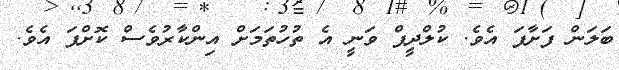
ބަލަން ފަށާފަ އެވެ. ކުލްދީޕް ވަނީ އެ ތުހުތަމަށް އިންކާރުވެސް ކޮށްފަ އެވެ.